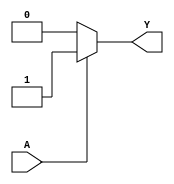
module KMapCombinationalLogic (
    input wire A,          // Single input variable
    output wire Y         // Output based on K-map logic
);

// Define the values for f(0) and f(1)
parameter f0 = 1'b0;     // Value for f(0) when A = 0
parameter f1 = 1'b1;     // Value for f(1) when A = 1

// Combinational logic to determine output Y based on input A
assign Y = (A == 1'b0) ? f0 : f1;  // If A is 0, output f(0); if A is 1, output f(1)

endmodule